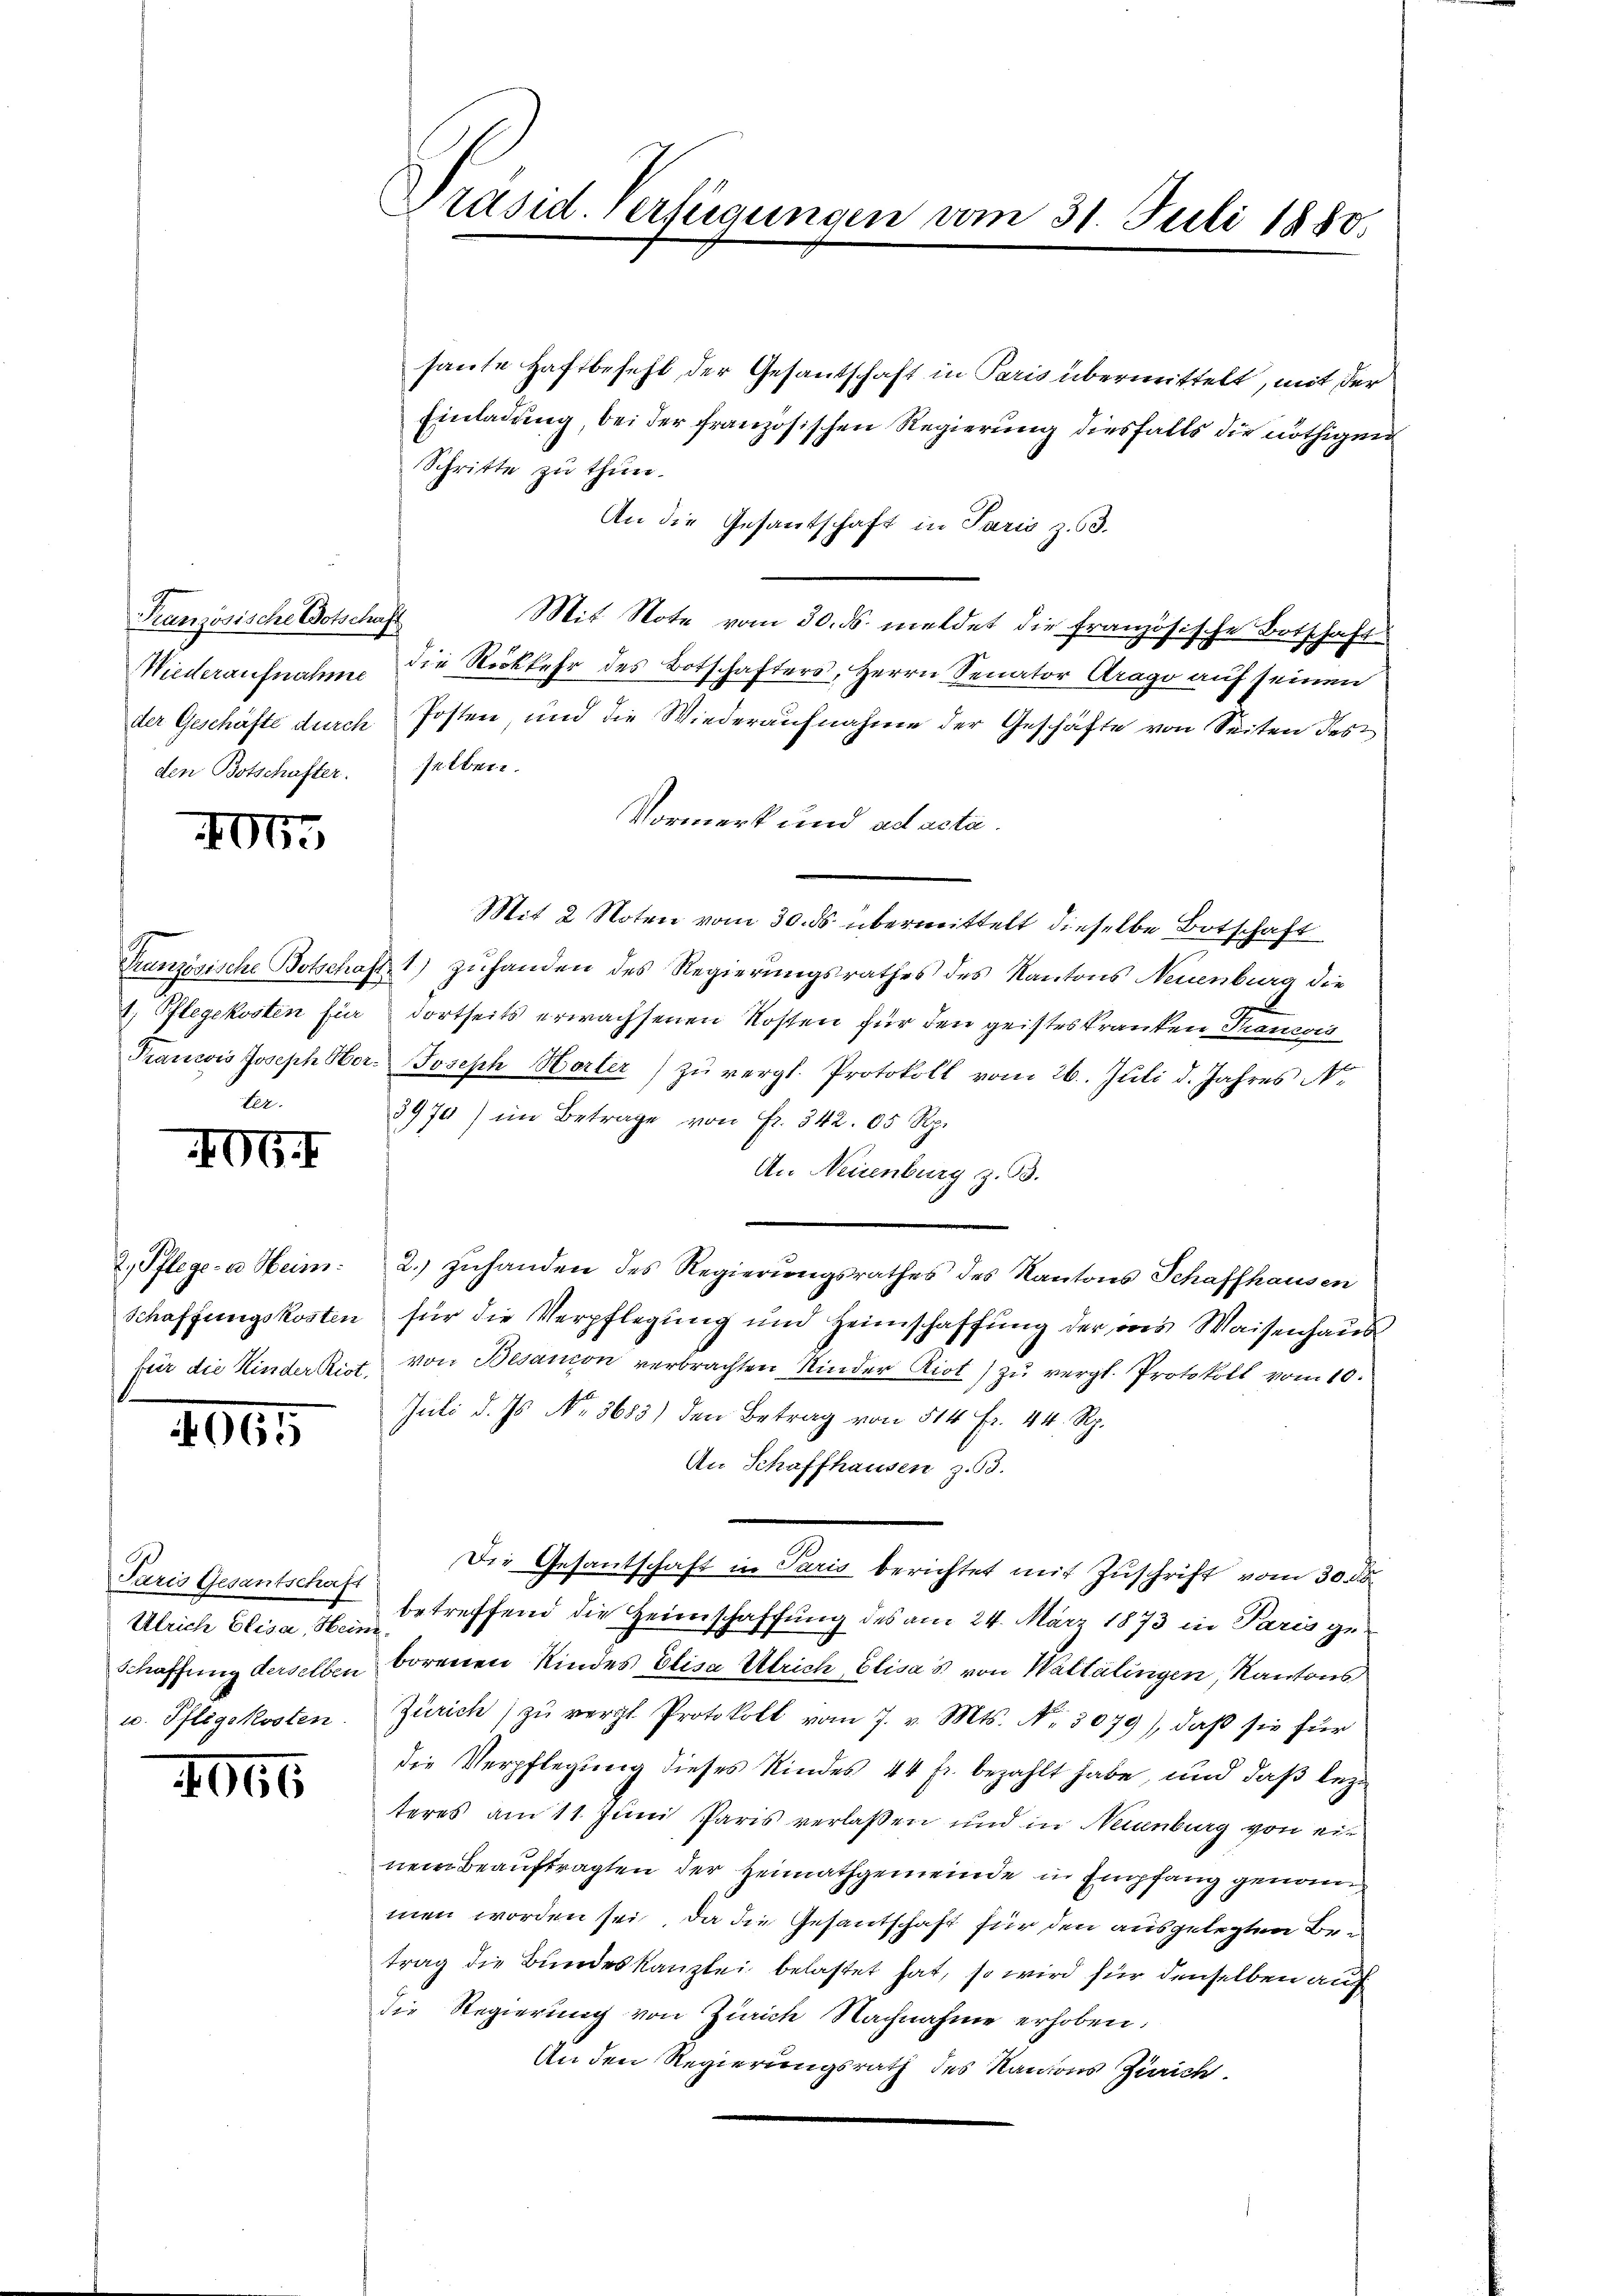
Französische Botschaft
den Botschafter. selben.

404.

ter.

406

2065

466

Paris Gesantschaft
Ulrich Elisa, Hein
u. Pflegekosten.

haute Haftbefehl der Gesandschaft in Paris übermittelt, mit der
Einladung, bei der französischen Regierung diesfalls die nöthigen
Schritte zu thun.
An die Gesantschaft in Paris z. 63.
Mit Note vom 30. ds. meldet die französische Botschaft
Wiederaufnahme die Rückkehr des Botschafters, Herrn Senator Arago auf seinen
der Geschäfte durch Posten und die Wiederaufnahme der Geschäfte von Seiten des
Vormerk und ad acta.
Mit 2 Noten vom 30. ds. übermittelt dieselbe Botschaft
Französische Botschaft 1) zŭhanden des Regierŭngsrathes des Kantons Neuenburg die
1. Pflegekosten für dortseits erwachsenen Kosten für den geisteskranken Prancois
Franzis Joseph Ober- Joseph Horler) zu vergl. Protokoll vom 26. Juli d. Jahres No
3970) im Betrage von Fr. 342. 85 Rp.
An Neuenburg z. B.
2. Pflege-a Heim. 2.) zŭhanden des Regierungsrathes des Kantons Schaffhausen
Schaffungskosten für die Verpflegung und Heimschaffung der ins Waisenhaus
für die Kinder Rist, von Besanion verbrachten Kinder Riot) zu vergl. Protokoll vom 10.
Juli d. Js. No. 3683) den Betrag von 514 Fr. 44. Rp.
An Schaffhausen z. 53.
Die Gesantschaft in Paris berichtet mit Zuschrift vom 30. ds.
betreffend die Heimschaffung des am 24. März 1873 in Paris ge¬
Schaffung derselben borenen Kindes Elisa Ulrich, Elisa's von Waltalingen, Kantons
Zürich) zŭ vergl. Protokoll vom 7. v. Mts. N. 3079), daβ sie für
die Verpflegung dieses Kindes 44 Fr. bezahlt habe, und daß lezteres am 11. Juni Paris verlassen und in Neuenburg von ein
nem Beauftragten der Heimathgemeinde in Empfang genommen worden sei, da die Gesantschaft für den ausgelegten Bei
trag die Bundeskanzlei belastet hat, so wird für denselben auf
die Regierung von Zürich Nachnahme erhoben.
An den Regierungsrath des Kantons Zürich

Präsid. Verfügungen vom 31. Juli 1880.